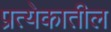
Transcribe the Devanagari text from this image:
प्रत्येकातील